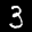
Label: 3